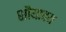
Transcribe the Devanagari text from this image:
शौयादय